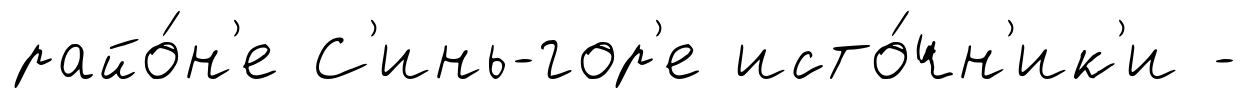
райо́н'е С'инь-гор'е исто́чн'ик'и -